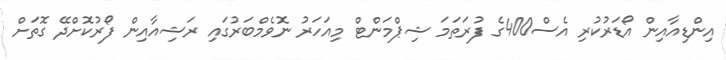
އިންޑިއާއިން އޯޑަރުކުރި އެސް400ގެ ފުރަތަމަ ޝިޕްމަންޓް މިއަހަރު ނޮވެމްބަރުގައި ރަޝިއާއިން ފޯރުކޮށްދޭ ގޮތަށް